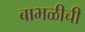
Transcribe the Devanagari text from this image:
बाभळीची